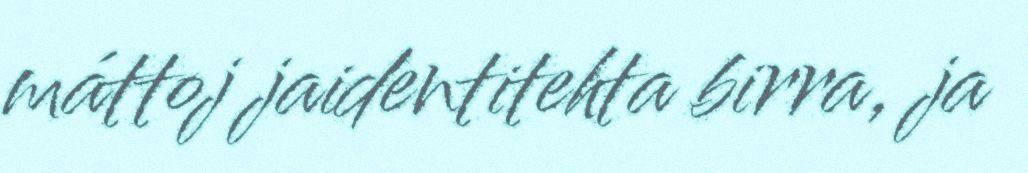
máttoj jaidentitehta birra, ja